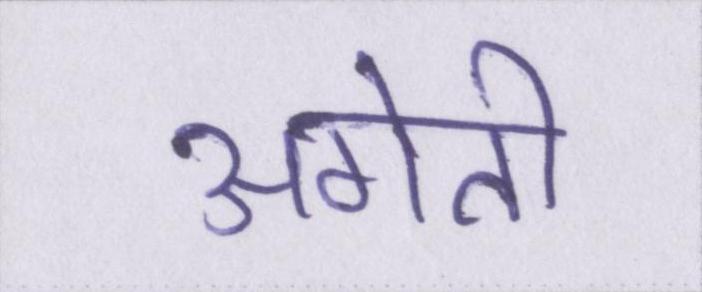
अगेती